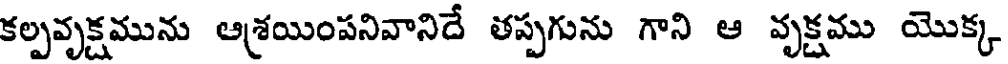
కల్పవృక్షమును ఆశయింపనివానిదే తప్పగును గాని ఆ వృక్షము యొక్క